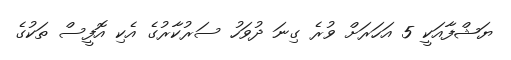
ޔަޝްފާއަކީ 5 އަހަރަށް ވުރެ ގިނަ ދުވަހު ސަރުކާރުގެ އެކި އޮފީސް ތަކުގެ